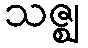
သဇ္ဈ